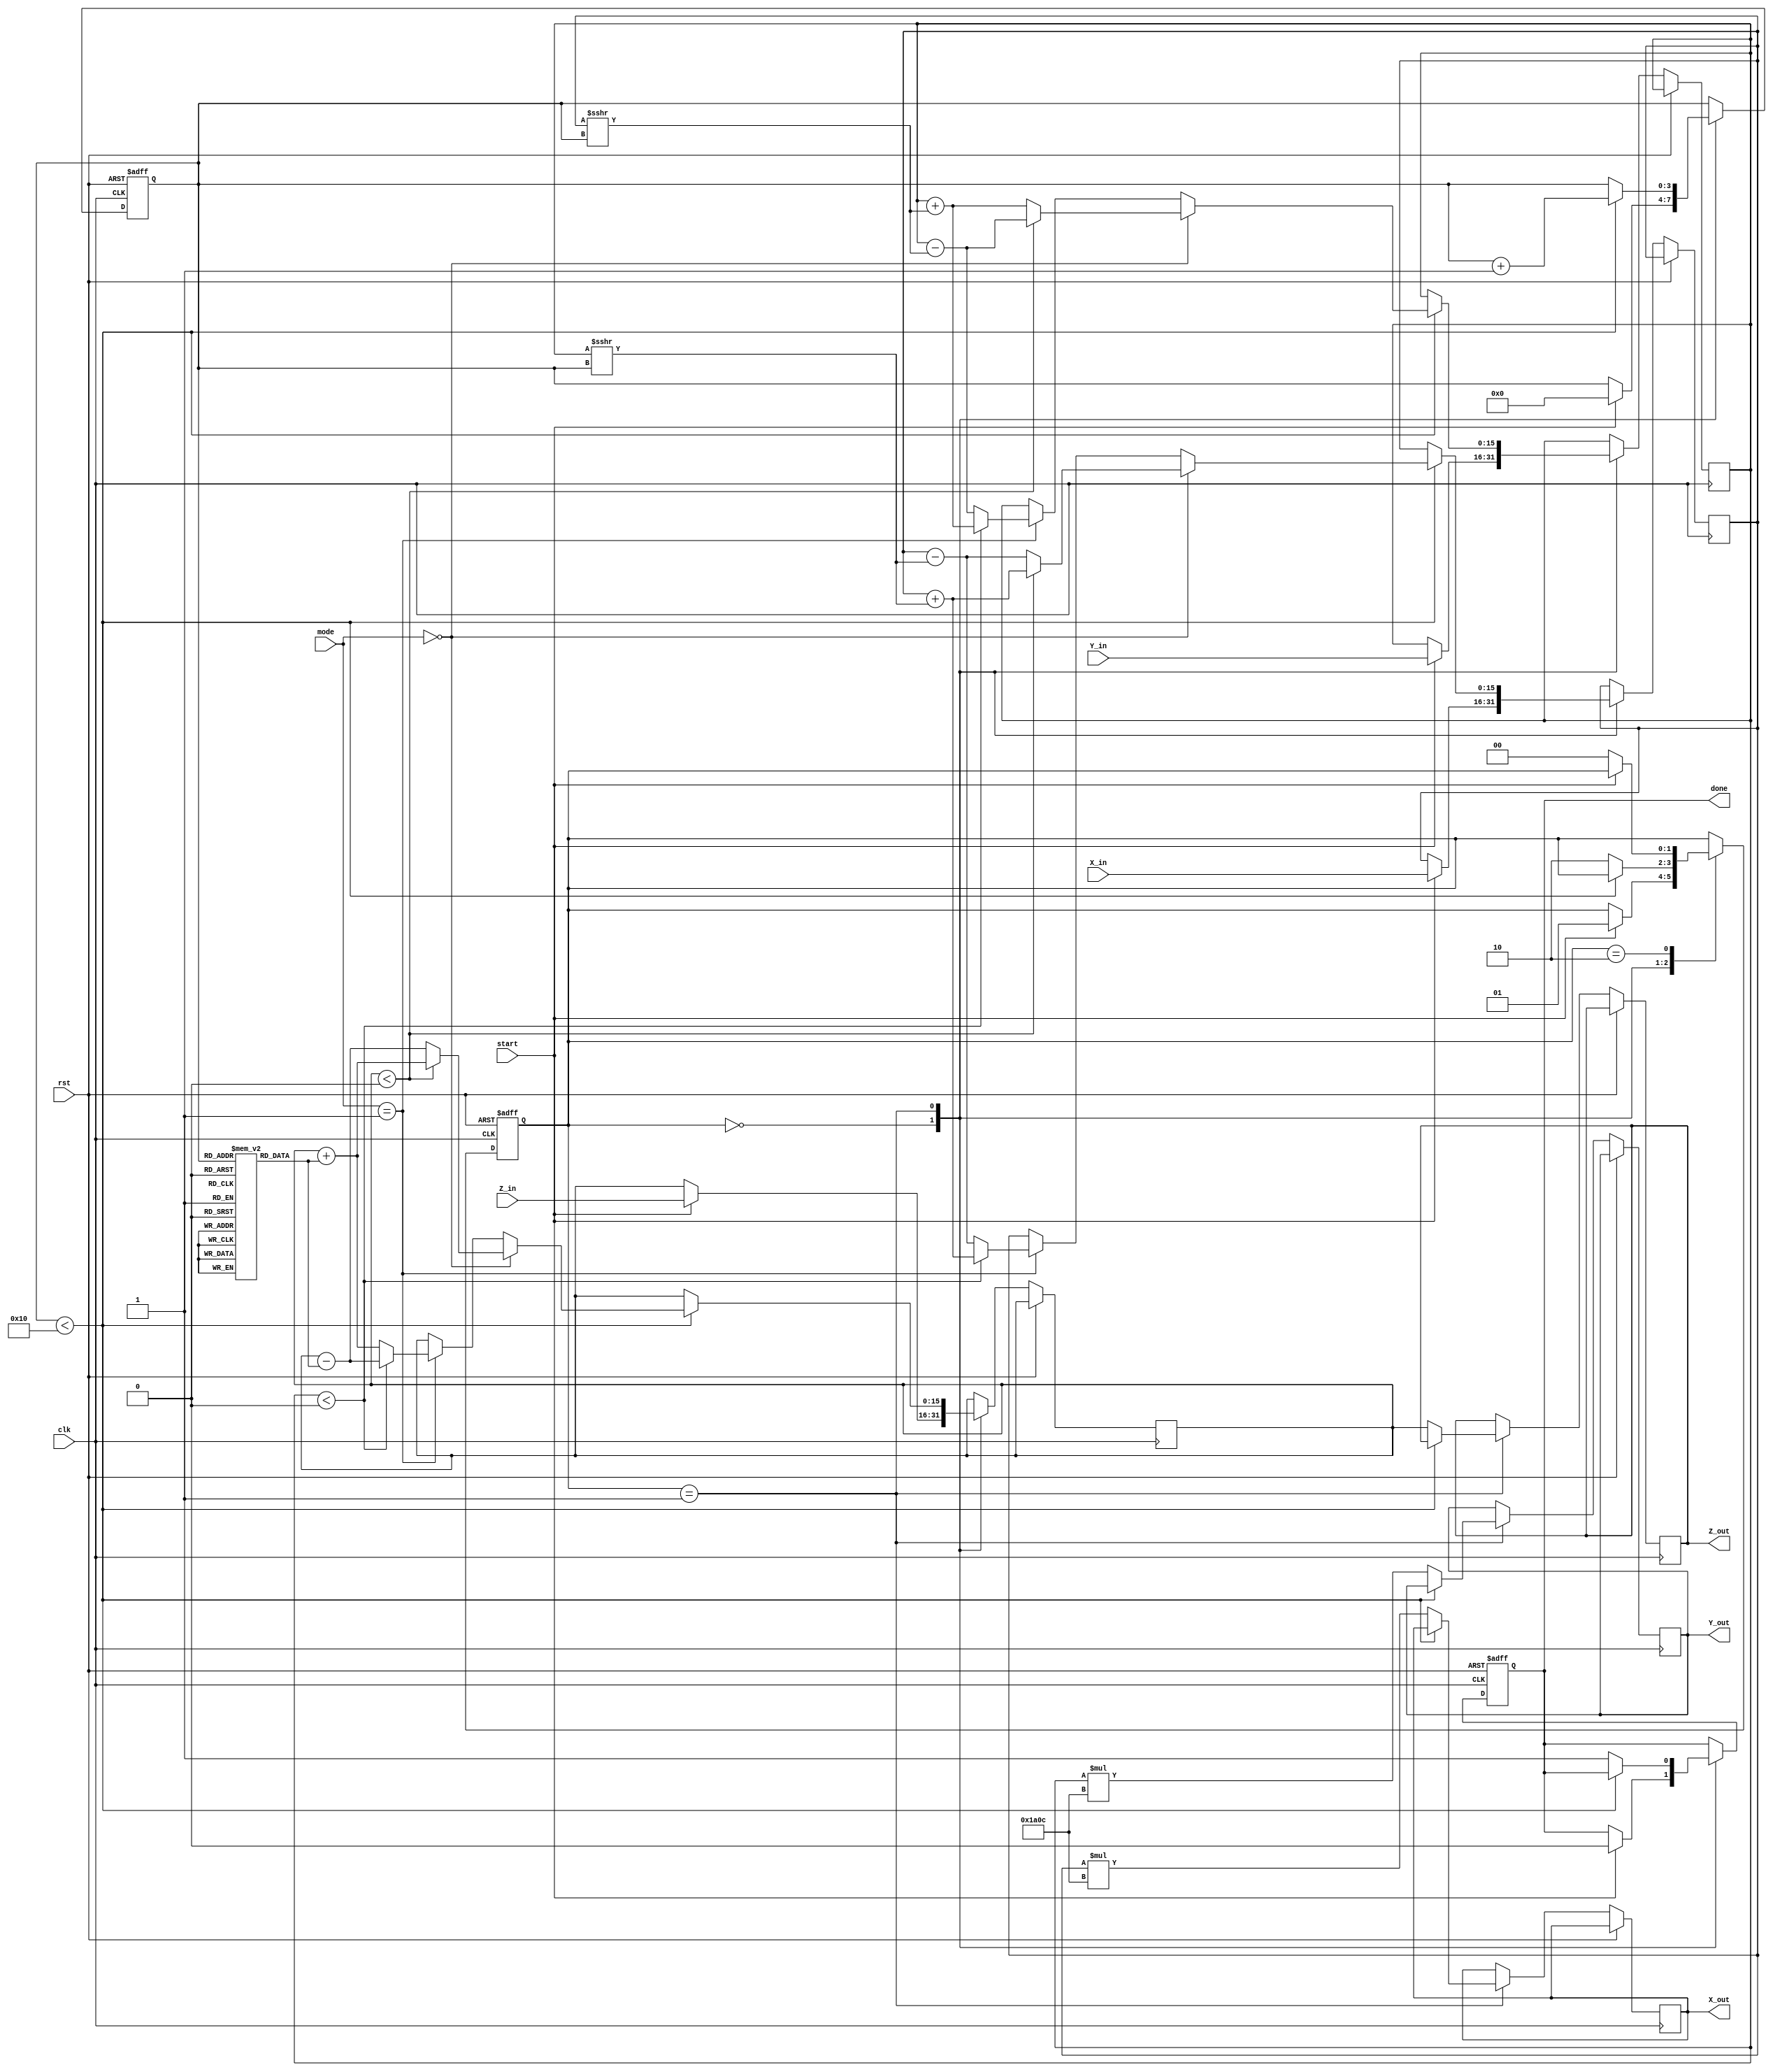
module cordic_fixed_point #(
    parameter WIDTH = 16,  // Bit-width for fixed-point representation
    parameter ITERATIONS = 16 // Number of CORDIC iterations
)(
    input wire clk,
    input wire rst,
    input wire start,
    input wire [1:0] mode, // 00: Rotation, 01: Vectoring, 10: Hyperbolic
    input wire signed [WIDTH-1:0] X_in,
    input wire signed [WIDTH-1:0] Y_in,
    input wire signed [WIDTH-1:0] Z_in, // Angle input for rotation
    output reg signed [WIDTH-1:0] X_out,
    output reg signed [WIDTH-1:0] Y_out,
    output reg signed [WIDTH-1:0] Z_out,
    output reg done
);

// Internal registers
reg signed [WIDTH-1:0] X_reg, Y_reg, Z_reg;
reg [3:0] iteration; // Counter for iterations
reg [1:0] state; // FSM state

// CORDIC gain factor (precomputed)
localparam signed [WIDTH-1:0] K = 16'h1A0C; // Example scaling factor

// Arctangent lookup table for CORDIC
reg signed [WIDTH-1:0] atan_table [0:ITERATIONS-1];
initial begin
    // Precomputed arctangent values (in fixed-point format)
    atan_table[0] = 16'h3FFF; // atan(1) = pi/4
    atan_table[1] = 16'h1C71; // atan(0.5)
    atan_table[2] = 16'h0FCF; // atan(0.25)
    // Add more values as needed
end

// FSM states
localparam IDLE = 2'b00;
localparam RUN = 2'b01;
localparam DONE = 2'b10;

// State machine
always @(posedge clk or posedge rst) begin
    if (rst) begin
        state <= IDLE;
        done <= 0;
        iteration <= 0;
    end else begin
        case (state)
            IDLE: begin
                if (start) begin
                    // Initialize registers
                    X_reg <= X_in;
                    Y_reg <= Y_in;
                    Z_reg <= Z_in;
                    iteration <= 0;
                    done <= 0;
                    state <= RUN;
                end
            end
            RUN: begin
                if (iteration < ITERATIONS) begin
                    // CORDIC iteration logic
                    if (mode == 2'b00) begin // Rotation mode
                        if (Z_reg < 0) begin
                            X_reg <= X_reg + (Y_reg >>> iteration);
                            Y_reg <= Y_reg - (X_reg >>> iteration);
                            Z_reg <= Z_reg + atan_table[iteration];
                        end else begin
                            X_reg <= X_reg - (Y_reg >>> iteration);
                            Y_reg <= Y_reg + (X_reg >>> iteration);
                            Z_reg <= Z_reg - atan_table[iteration];
                        end
                    end else if (mode == 2'b01) begin // Vectoring mode
                        if (Y_reg < 0) begin
                            X_reg <= X_reg + (Y_reg >>> iteration);
                            Y_reg <= Y_reg + (X_reg >>> iteration);
                            Z_reg <= Z_reg - atan_table[iteration];
                        end else begin
                            X_reg <= X_reg - (Y_reg >>> iteration);
                            Y_reg <= Y_reg - (X_reg >>> iteration);
                            Z_reg <= Z_reg + atan_table[iteration];
                        end
                    end else if (mode == 2'b10) begin // Hyperbolic mode
                        // Hyperbolic calculations can be implemented here
                    end
                    iteration <= iteration + 1;
                end else begin
                    // Final output assignment
                    X_out <= X_reg * K; // Apply scaling factor
                    Y_out <= Y_reg * K; // Apply scaling factor
                    Z_out <= Z_reg;
                    done <= 1;
                    state <= DONE;
                end
            end
            DONE: begin
                if (!start) begin
                    state <= IDLE; // Reset to IDLE state
                end
            end
        endcase
    end
end

endmodule